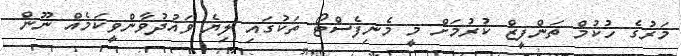
މަރުގެ ހުކުމް ތަންފީޒް ކުރުމަށް މީ މެނިފެސްޓޯ ތަކުގައި ލިޔެ ވައުދުވާންވީކަމެއް ނޫން